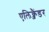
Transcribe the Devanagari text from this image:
एलिक्जैंडर